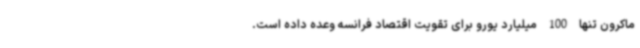
ماکرون تنها 100 میلیارد یورو برای تقویت اقتصاد فرانسه وعده داده است.